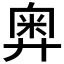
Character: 𢍢